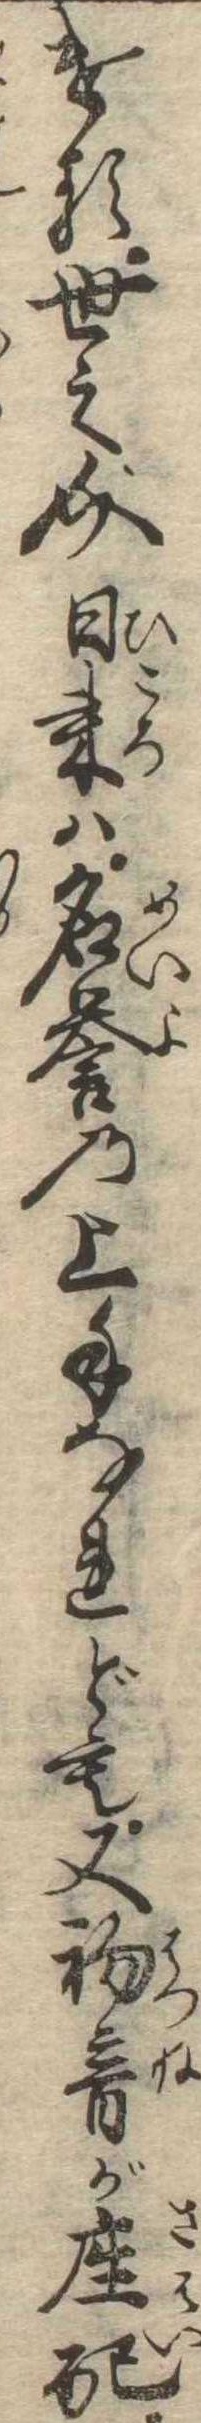
ける世之介日来は名誉の上手なれども又初音が座配